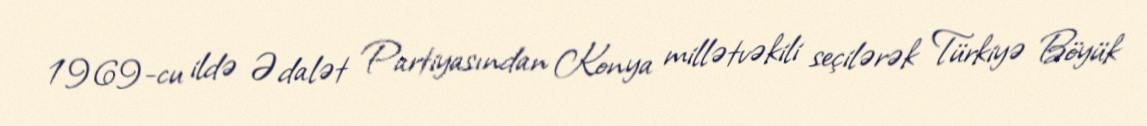
1969-cu ildə Ədalət Partiyasından Konya millətvəkili seçilərək Türkiyə Böyük